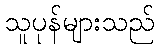
သူပုန်များသည်